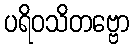
ပရိဝသိတဗ္ဗော